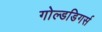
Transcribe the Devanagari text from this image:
गोल्डडिगर्स